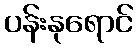
ပန်းနုရောင်